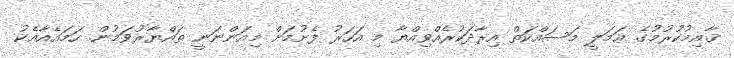
ޤާއިމުކުރުމުގެ ޢަމަލީ މަސައްކަތް އިރާދަކުރެއްވިއްޔާ މި އަހަރު ފެށުމަށް މިއަންނަނީ ތައްޔާރުވަމުން. ހަމައެއާއެކު